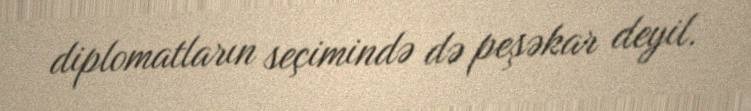
diplomatların seçimində də peşəkar deyil.